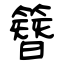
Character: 簪